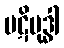
ပဋိဗုဒ္ဓါ